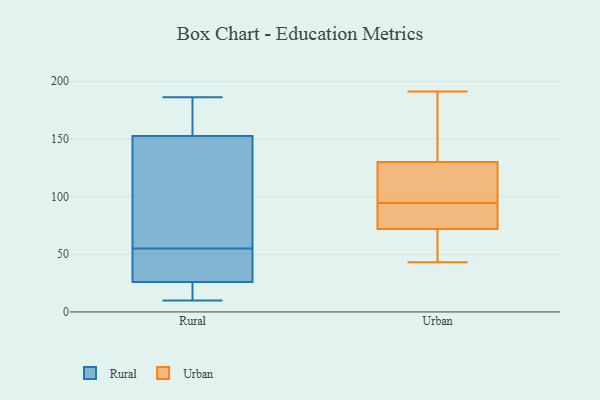
{"axis": {"x": "LTV (USD)", "y": "Value"}, "legend": ["Rural", "Urban"], "data": [{"x": "", "y": 10, "type": "Rural"}, {"x": "", "y": 157, "type": "Rural"}, {"x": "", "y": 52, "type": "Rural"}, {"x": "", "y": 139, "type": "Rural"}, {"x": "", "y": 162, "type": "Rural"}, {"x": "", "y": 10, "type": "Rural"}, {"x": "", "y": 32, "type": "Rural"}, {"x": "", "y": 186, "type": "Rural"}, {"x": "", "y": 108, "type": "Rural"}, {"x": "", "y": 24, "type": "Rural"}, {"x": "", "y": 55, "type": "Rural"}, {"x": "", "y": 130, "type": "Urban"}, {"x": "", "y": 54, "type": "Urban"}, {"x": "", "y": 77, "type": "Urban"}, {"x": "", "y": 43, "type": "Urban"}, {"x": "", "y": 191, "type": "Urban"}, {"x": "", "y": 68, "type": "Urban"}, {"x": "", "y": 76, "type": "Urban"}, {"x": "", "y": 166, "type": "Urban"}, {"x": "", "y": 72, "type": "Urban"}, {"x": "", "y": 93, "type": "Urban"}, {"x": "", "y": 128, "type": "Urban"}, {"x": "", "y": 177, "type": "Urban"}, {"x": "", "y": 113, "type": "Urban"}, {"x": "", "y": 96, "type": "Urban"}]}